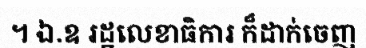
។ ឯ.ឧ រដ្ឋលេខាធិការ ក៏ដាក់ចេញ